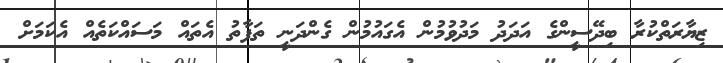
ޒިޔާރަތްކުރާ ބިދޭސީންގެ އަދަދު މަދުވުމުން އެގައުމުން ގެންދަނީ ތަފާތު އެތައް މަސައްކަތެއް އެކަމަށް